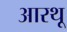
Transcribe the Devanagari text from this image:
आरथू